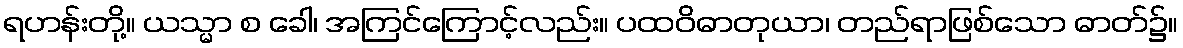
ရဟန်းတို့။ ယသ္မာ စ ခေါ၊ အကြင်ကြောင့်လည်း။ ပထဝိဓာတုယာ၊ တည်ရာဖြစ်သော ဓာတ်၌။